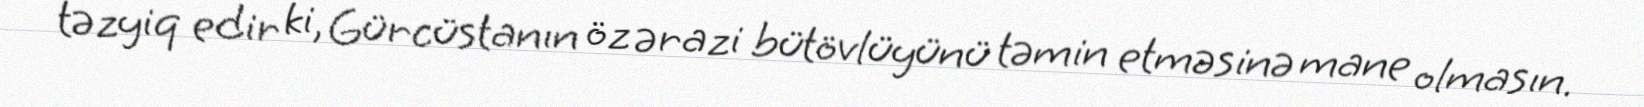
təzyiq edir ki, Gürcüstanın öz ərazi bütövlüyünü təmin etməsinə mane olmasın.